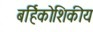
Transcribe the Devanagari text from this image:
बर्हिकोशिकीय